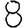
Digit: 8